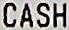
CASH